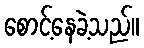
စောင့်နေခဲ့သည်။